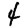
Digit: 4